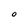
Character: O